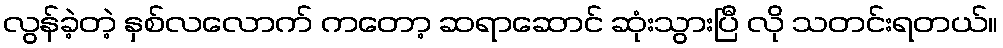
လွန်ခဲ့တဲ့ နှစ်လလောက် ကတော့ ဆရာဆောင် ဆုံးသွားပြီ လို သတင်းရတယ်။